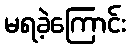
မရခဲ့ကြောင်း